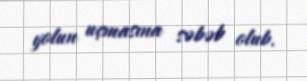
yolun uçmasına səbəb olub.